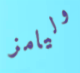
وليامز